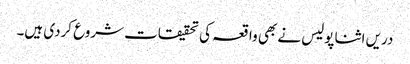
دریں اثنا پولیس نے بھی واقعہ کی تحقیقات شروع کردی ہیں۔